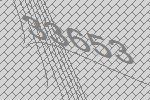
33653